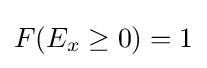
F(E_{x}\geq 0)=1